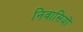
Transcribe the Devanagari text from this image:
निवासियों